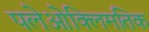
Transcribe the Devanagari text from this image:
पलेओक्लिमतिक